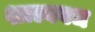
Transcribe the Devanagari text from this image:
शाल्ववध